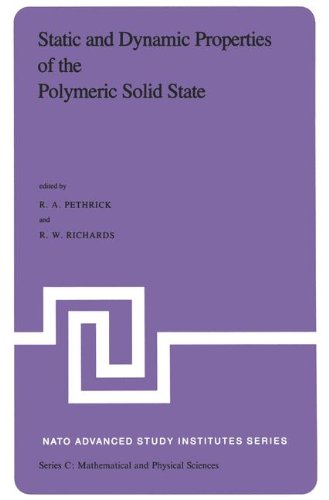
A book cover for Static and Dynamic Properties of the Polymeric Solid State: Proceedings of the NATO Advanced Study Institute, held at Glasgow, U.K., September 6-18,1981 (Nato Science Series C:); Science & Math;